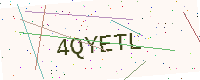
Text: 4QYETL